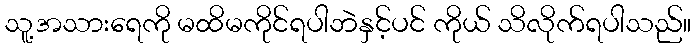
သူ့အသားရေကို မထိမကိုင်ရပါဘဲနှင့်ပင် ကိုယ် သိလိုက်ရပါသည်။